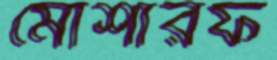
মোশারফ